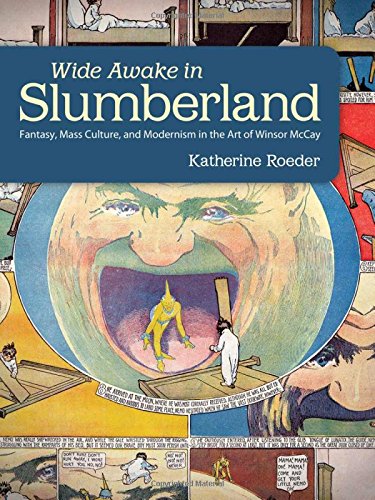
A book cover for Wide Awake in Slumberland: Fantasy, Mass Culture, and Modernism in the Art of Winsor McCay (Great Comics Artists Series); Katherine Roeder; Comics & Graphic Novels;